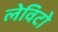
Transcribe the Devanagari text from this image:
लेविटो